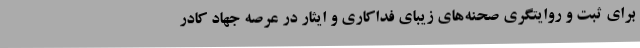
برای ثبت و روایتگری صحنه‌های زیبای فداکاری و ایثار در عرصه جهاد کادر